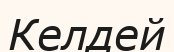
Келдей